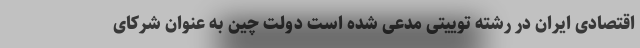
اقتصادی ایران در رشته توییتی مدعی شده است دولت چین به عنوان شرکای